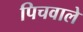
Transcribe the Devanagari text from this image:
पिचवाले